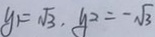
y _ { 1 } = \sqrt { 3 } , y _ { 2 } = - \sqrt { 3 }